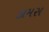
કામસ